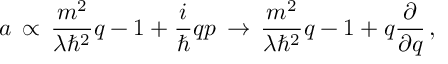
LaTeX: a \, \propto \, \frac { m ^ { 2 } } { \lambda \hbar ^ { 2 } } q - 1 + \frac { i } { \hbar } q p \, \rightarrow \, \frac { m ^ { 2 } } { \lambda \hbar ^ { 2 } } q - 1 + q \frac { \partial } { \partial q } \, ,